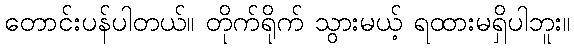
တောင်းပန်ပါတယ်။ တိုက်ရိုက် သွားမယ့် ရထားမရှိပါဘူး။